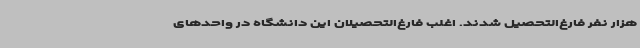
هزار نفر فارغ‌التحصیل شدند. اغلب فارغ‌التحصیلان این دانشگاه در واحدهای